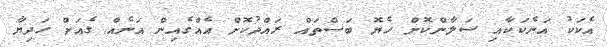
އެކަކު އަނެކަކާއި ސަލާންކޮށް ހެޔޮ ބަސްތައް ރައްދުކޮށް އެއްގެއިން އަނެއް ގެއަށް ހަދިޔާ